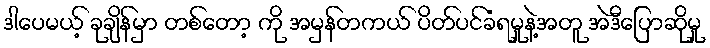
ဒါပေမယ့် ခုချိန်မှာ တစ်တော့ ကို အမှန်တကယ် ပိတ်ပင်ခံရမှုနဲ့အတူ အဲဒီပြောဆိုမှု